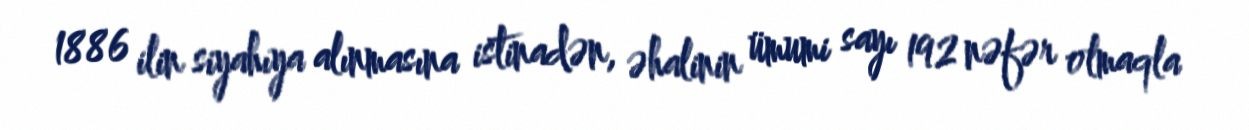
1886 ilin siyahıya alınmasına istinadən, əhalinin ümumi sayı 192 nəfər olmaqla